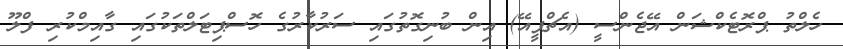
ހެލްތު ޕްރޮޓެކްޝަން އޭޖެންސީ (އެޗްޕީއޭ) އިން ބުނިގޮތުގައި ސަރުކާރުގެ ހޮސްޕިޓަލްތަކުގައި ގާއިމްކުރި ފްލޫ